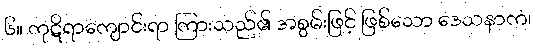
၆။ ကုဋိရာကျောင်းရာ ကြားသည်၏ အစွမ်းဖြင့် ဖြစ်သော ဒေသနာကံ၊